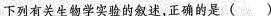
下列有关生物学实验的叙述，正确的是( )